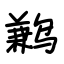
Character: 鹣